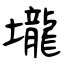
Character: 壠